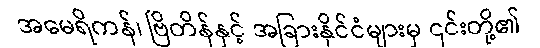
အမေရိကန်၊ ဗြိတိန်နှင့် အခြားနိုင်ငံများမှ ၎င်းတို့၏